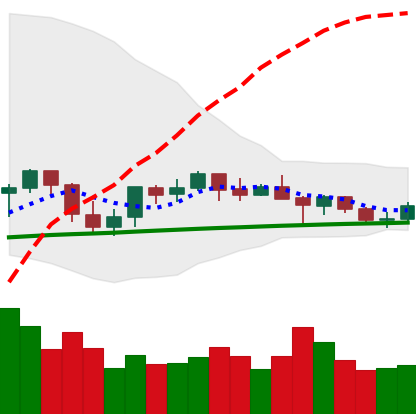
Ticker: ETH-USD
Chart end date: 2021-06-13
Forward return: -11.029%
Label: down_7plus